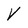
Character: V